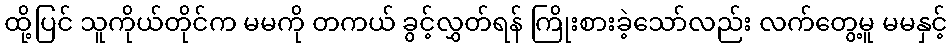
ထို့ပြင် သူကိုယ်တိုင်က မမကို တကယ် ခွင့်လွှတ်ရန် ကြိုးစားခဲ့သော်လည်း လက်တွေ့မူ မမနှင့်